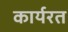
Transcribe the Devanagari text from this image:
कार्यरत